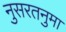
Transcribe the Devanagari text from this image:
नुसरतनुमा